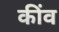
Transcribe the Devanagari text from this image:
कींव